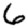
Digit: 6